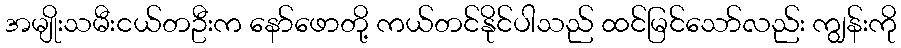
အမျိုးသမီးငယ်တဦးက နော်ဖောတို့ ကယ်တင်နိုင်ပါသည် ထင်မြင်သော်လည်း ကျွန်းကို